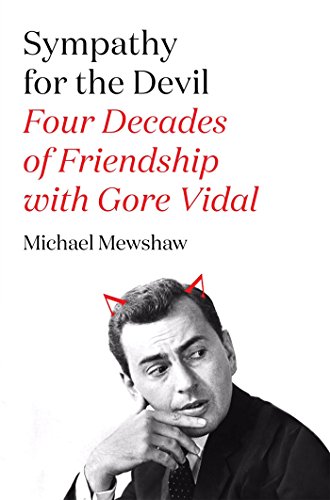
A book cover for Sympathy for the Devil: Four Decades of Friendship with Gore Vidal; Michael Mewshaw; Gay & Lesbian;